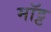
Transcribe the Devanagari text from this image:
मॉट्ट